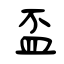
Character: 盃